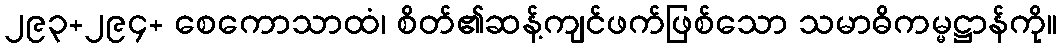
၂၉၃+၂၉၄+ စေကောသာထံ၊ စိတ်၏ဆန့်ကျင်ဖက်ဖြစ်သော သမာဓိကမ္မဋ္ဌာန်ကို။